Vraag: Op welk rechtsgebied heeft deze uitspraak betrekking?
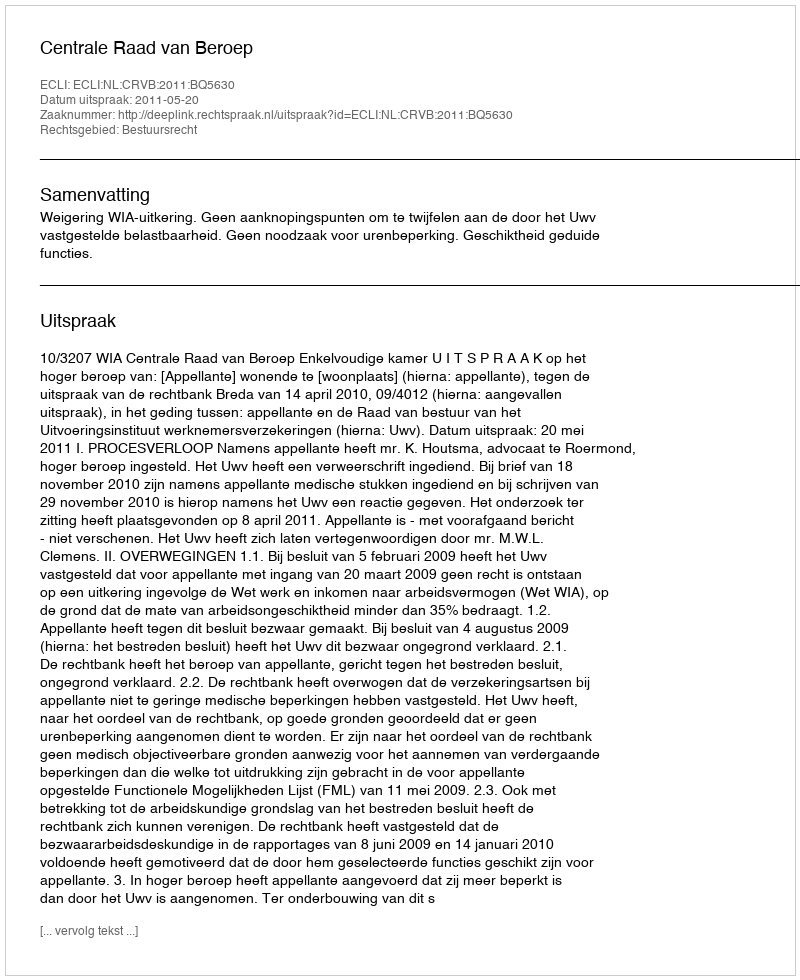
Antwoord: Bestuursrecht